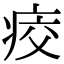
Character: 𤶀